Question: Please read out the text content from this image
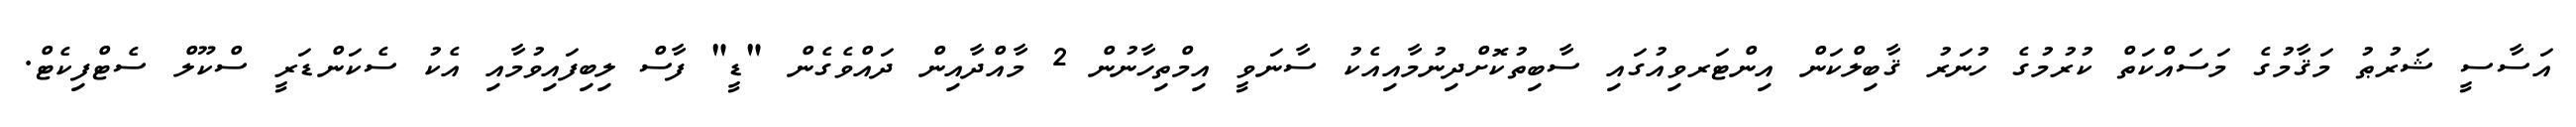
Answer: އަސާސީ ޝަރުޠު މަޤާމުގެ މަސައްކަތް ކުރުމުގެ ހުނަރު ޤާބިލްކަން އިންޓަރވިއުގައި ސާބިތުކޮށްދިނުމާއިއެކު ސާނަވީ އިމްތިހާނުން 2 މާއްދާއިން ދައްވެގެން "ޑީ" ފާސް ލިބިފައިވުމާއި އެކު ސެކަންޑަރީ ސްކޫލް ސެޓްފިކެޓް.